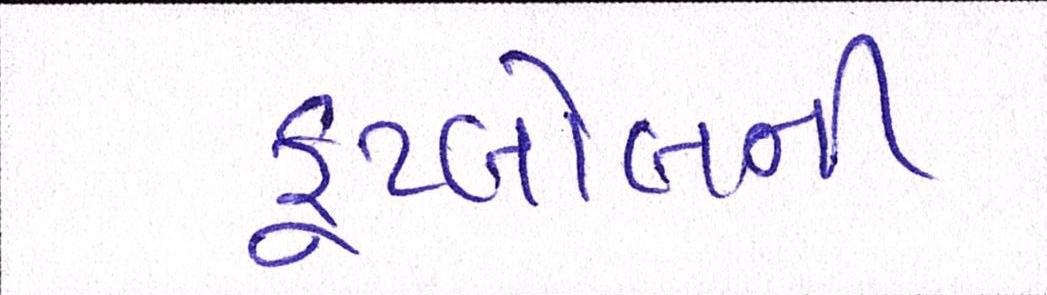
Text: ફૂટબોલની